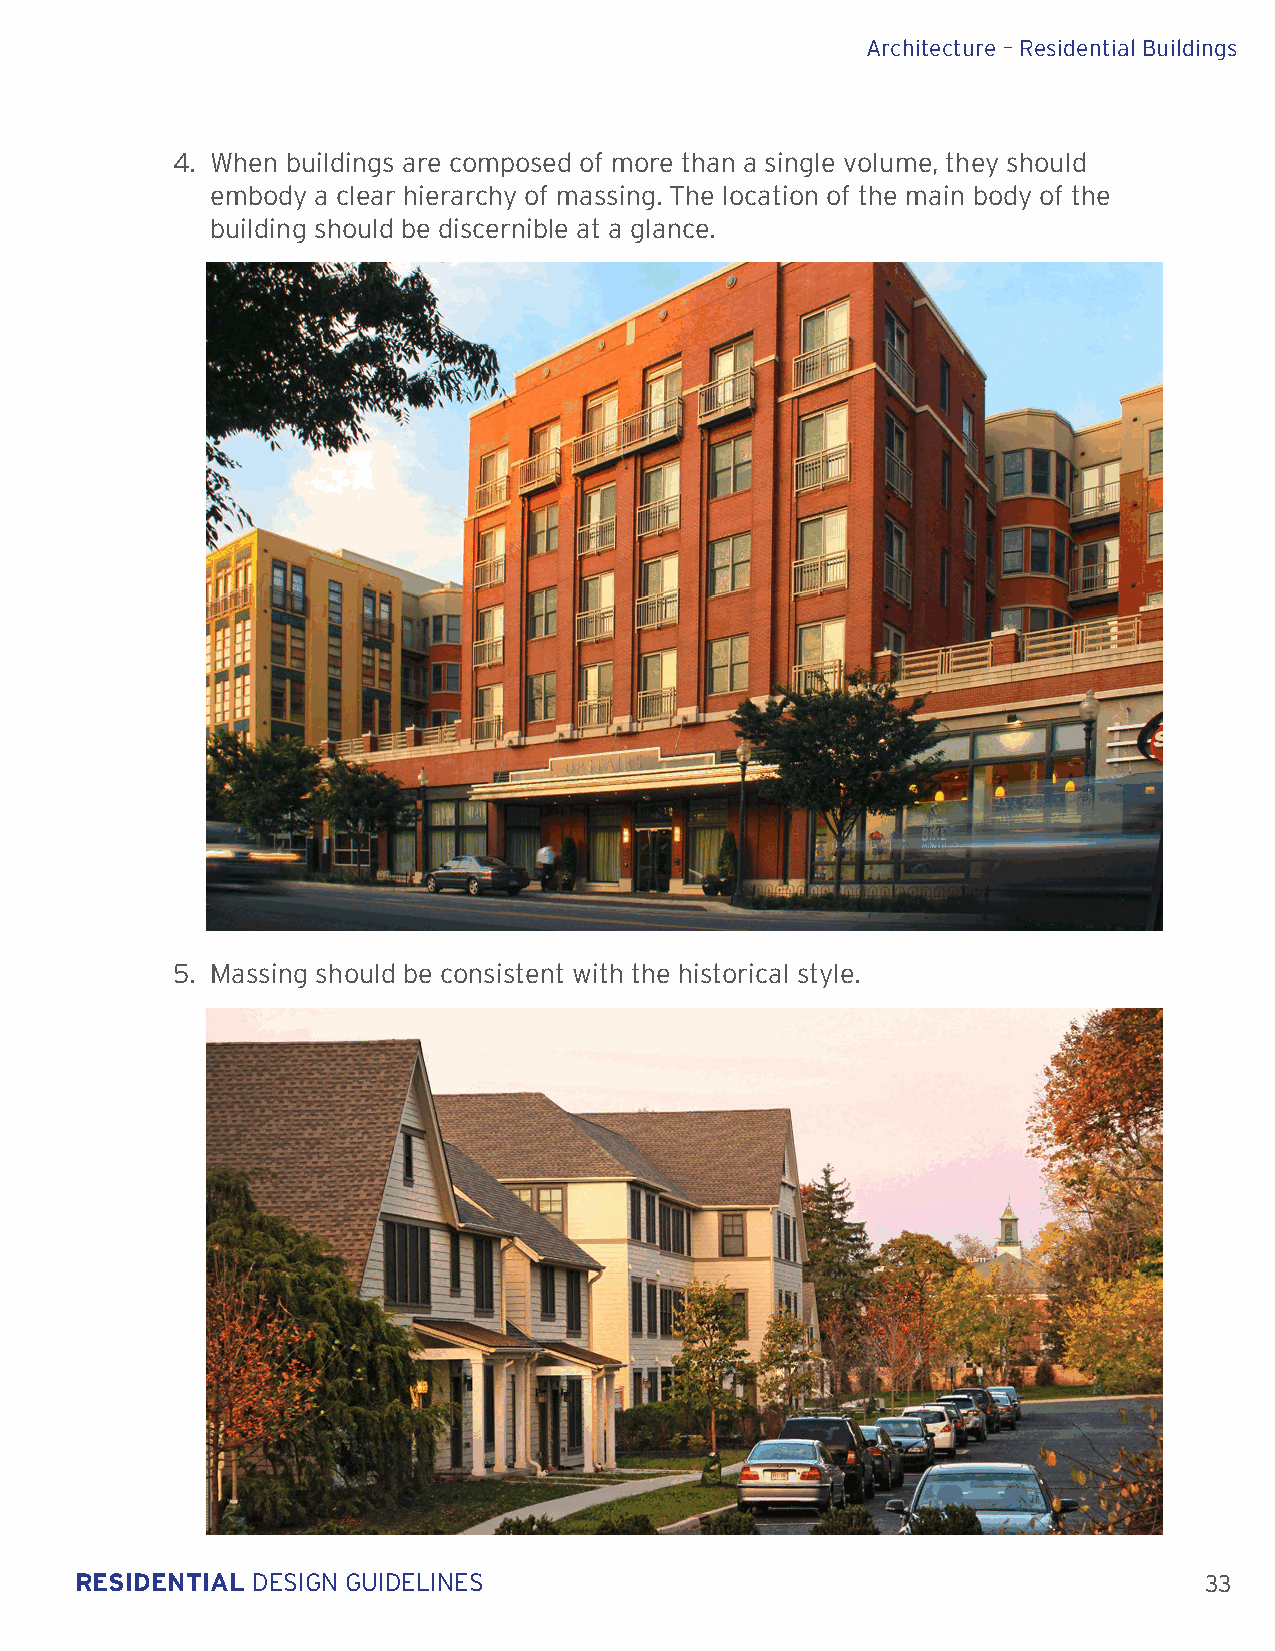
Architecture – Residential Buildings
 4. When buildings are composed of more than a single volume, they should
 embody a clear hierarchy of massing. The location of the main body of the
 building should be discernible at a glance.
 5. Massing should be consistent with the historical style.
 RESIDENTIAL DESIGN GUIDELINES                                              33